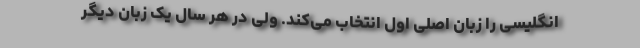
انگلیسی را زبان اصلی اول انتخاب می‌کند. ولی در هر سال یک زبان دیگر